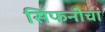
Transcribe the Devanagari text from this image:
सिंफनीचा